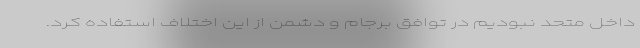
داخل متحد نبودیم در توافق برجام و دشمن از این اختلاف استفاده کرد.